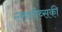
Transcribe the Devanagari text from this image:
लबाचेव्सकी